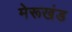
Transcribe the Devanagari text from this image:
मेरूखंड